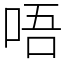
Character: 唔